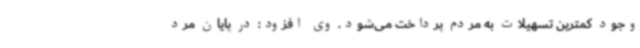
وجود کمترین تسهیلات به مردم پرداخت می‌شود. وی افزود: در پایان مرد